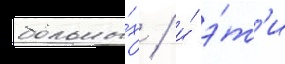
больны́х / и́ э́т'и